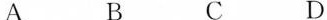
A B C D